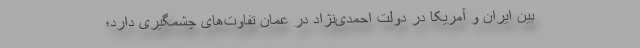
بین ایران و آمریکا در دولت احمدی‌نژاد در عمان تفاوت‌های چشمگیری دارد؛